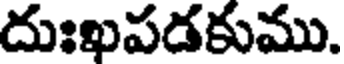
దుఃఖపడకుము.